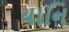
યાનિ